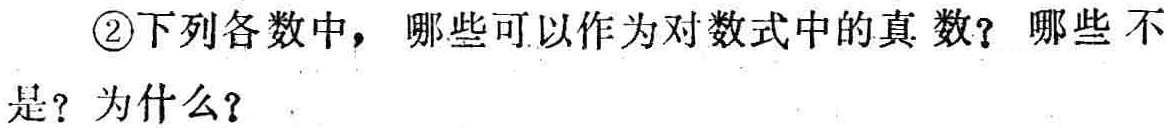
\textcircled{2}下列各数中，哪些可以作为对数式中的真数？哪些不是？为什么？